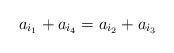
LaTeX: \begin{align*}a_{i_1} + a_{i_4 } = a_{i_2 } + a_{i_3 } \end{align*}